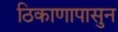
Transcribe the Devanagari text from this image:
ठिकाणापासुन